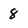
Character: 8